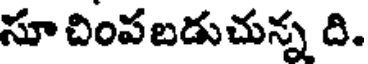
సూ చింపబడుచున్న ది.